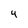
Character: 4